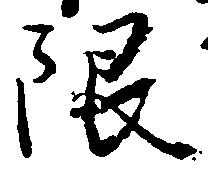
限